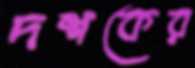
দশকের